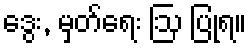
ဒွေး, မှတ်ရေး ဩ ပြုရ။